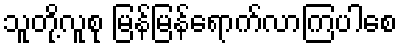
သူတို့လူစု မြန်မြန်ရောက်လာကြပါစေ